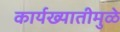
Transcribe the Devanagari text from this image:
कार्यख्यातीमुळे